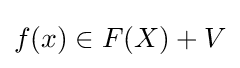
f(x)\in F(X)+V